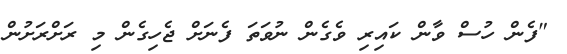
"ފެން ހުސް ވާން ކައިރި ވެގެން ނުވަތަ ފެނަށް ޖެހިގެން މި ރަށްރަށުން